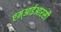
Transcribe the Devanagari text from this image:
एम्आईआरसी